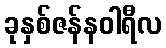
ခုနှစ်ဇန်နဝါရီလ